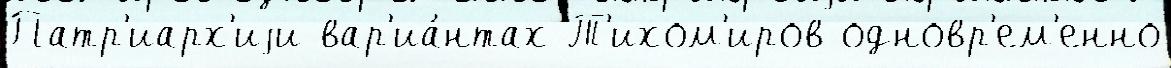
Патр'иарх'иjи вар'иа́нтах Т'ихом'иров одновр'ем'енно